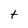
Character: t